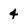
Character: 4